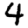
Digit: 4